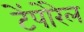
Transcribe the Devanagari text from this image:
टेंपोरेल